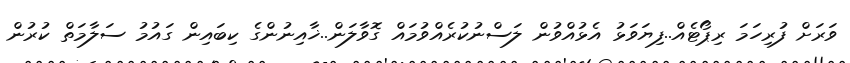
ވަރަށް ފުރިހަމަ ރިޕޯޓެއް..ފިޔަވަޅު އެޅުއްވުން ލަސްނުކުރެއްވުމައް ގޮވާލަން..ޚާއިނުންގެ ކިބައިން ގައުމު ސަލާމަތް ކުރުން